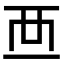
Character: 𧟠